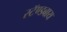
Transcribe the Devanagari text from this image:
स्टॅण्डबाय